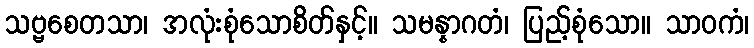
သဗ္ဗစေတသာ၊ အလုံးစုံသောစိတ်နှင့်။ သမန္နာဂတံ၊ ပြည့်စုံသော။ သာဝကံ၊